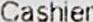
CASHIER